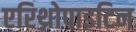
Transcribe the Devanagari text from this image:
एरिथ्रोपाइटिन